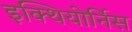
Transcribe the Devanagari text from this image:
इक्थियोर्निस